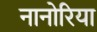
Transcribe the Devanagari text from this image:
नानोरिया